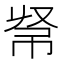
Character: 𢂟